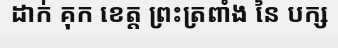
ដាក់ គុក ខេត្ត ព្រះត្រពាំង នៃ បក្ស